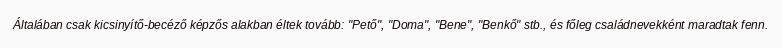
Általában csak kicsinyítő-becéző képzős alakban éltek tovább: "Pető", "Doma", "Bene", "Benkő" stb., és főleg családnevekként maradtak fenn.